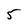
Character: 5